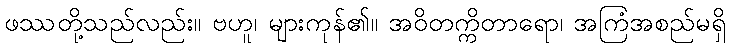
ဖဿတို့သည်လည်း။ ဗဟူ၊ များကုန်၏။ အဝိတက္ကိတာရော၊ အကြံအစည်မရှိ